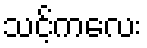
သင့်ကလေး